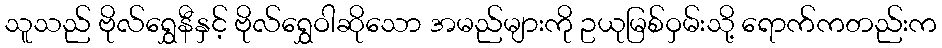
သူသည် ဗိုလ်ရွှေနီနှင့် ဗိုလ်ရွှေဝါဆိုသော အမည်များကို ဥယုမြစ်ဝှမ်းသို့ ရောက်ကတည်းက